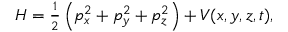
H = \textstyle \frac { 1 } { 2 } \left( p _ { x } ^ { 2 } + p _ { y } ^ { 2 } + p _ { z } ^ { 2 } \right) + V ( x , y , z , t ) ,